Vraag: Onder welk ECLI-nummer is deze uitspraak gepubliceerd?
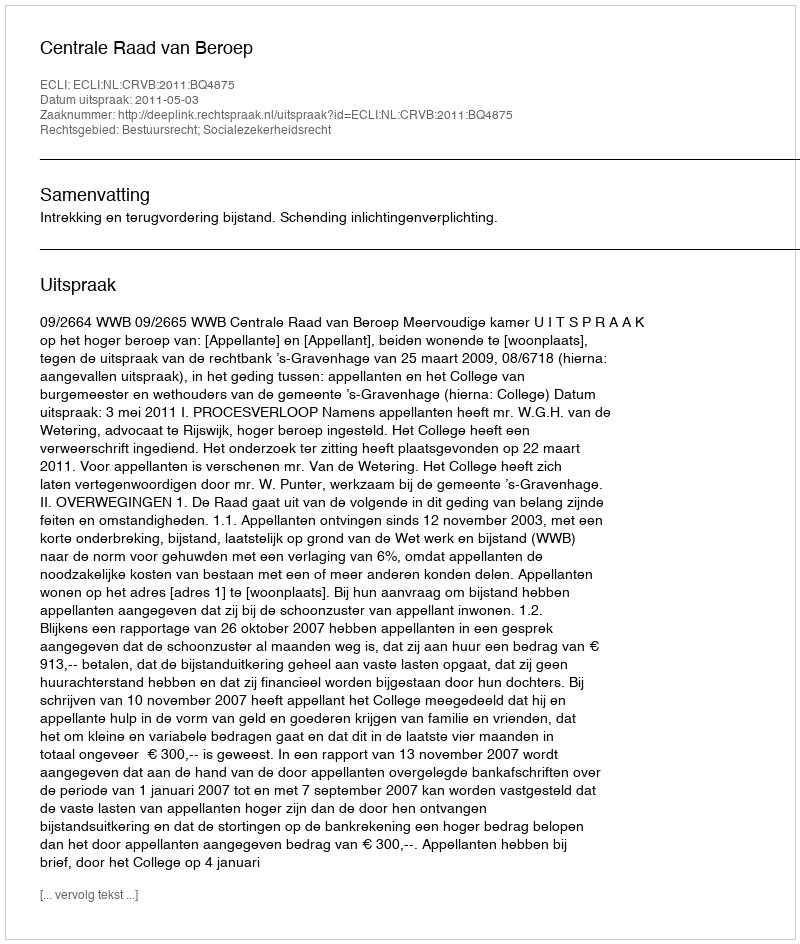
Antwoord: ECLI:NL:CRVB:2011:BQ4875